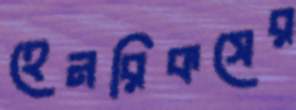
হেনরিকসের